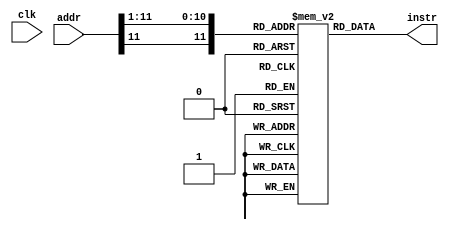
//------------------------------------------------------------------------
// Instruction Memory Module
//------------------------------------------------------------------------

module instrmem
(
    input clk,
    input [11:0] addr,
    output [15:0] instr
);

    wire [11:0] index;
    reg [15:0] mem[4095:0];

    assign index = {addr[11], addr[11:1]};
    assign instr = mem[index];

endmodule